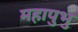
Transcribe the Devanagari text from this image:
महापुभु